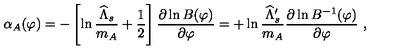
\alpha _ { A } ( \varphi ) = - \left[ \ln { \frac { \widehat \Lambda _ { s } } { m _ { A } } } + { \frac { 1 } { 2 } } \right] { \frac { \partial \ln B ( \varphi ) } { \partial \varphi } } = + \ln { \frac { \widehat \Lambda _ { s } ^ { \prime } } { m _ { A } } } { \frac { \partial \ln B ^ { - 1 } ( \varphi ) } { \partial \varphi } } \ ,